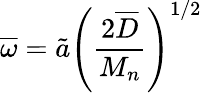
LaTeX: \overline{{\omega}}=\tilde{a}\left(\frac{2\overline{{D}}}{M_{n}}\right)^{1/2}